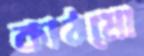
কাঠমো